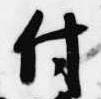
付